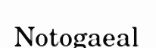
Notogaeal